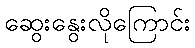
ဆွေးနွေးလိုကြောင်း